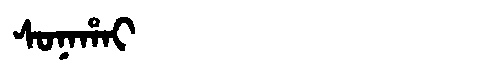
Manchu: ᠰᠣᠨᠠᡥᠠᡳ
Romanization: SONAHAI